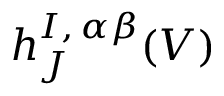
h _ { J } ^ { I , \, \alpha \beta } ( V )